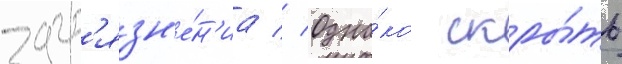
загр'язн'е́н'иа // Одна́ко скры́ть